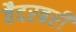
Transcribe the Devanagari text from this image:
वैदरबरी